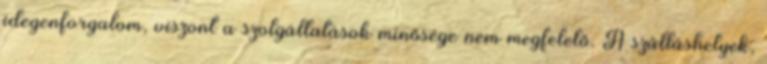
idegenforgalom, viszont a szolgáltatások minősége nem megfelelő. A szálláshelyek,